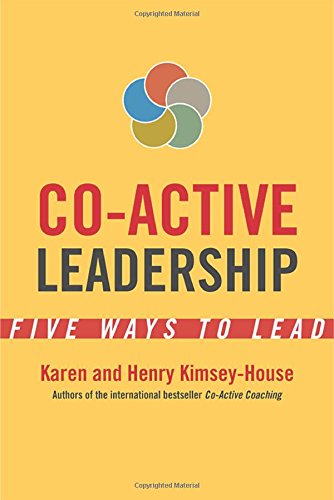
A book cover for Co-Active Leadership: Five Ways to Lead; Karen Kimsey-House; Business & Money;